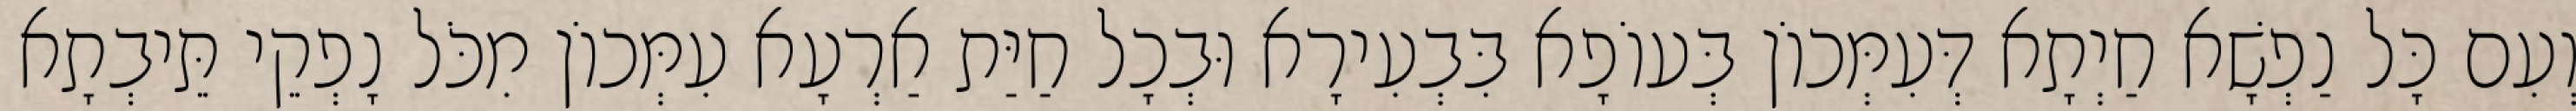
וְעִם כָּל נַפְשָׁא חַיְתָא דְּעִמְּכוֹן בְּעוֹפָא בִּבְעִירָא וּבְכָל חַיַּת אַרְעָא עִמְּכוֹן מִכֹּל נָפְקֵי תֵּיבְתָא